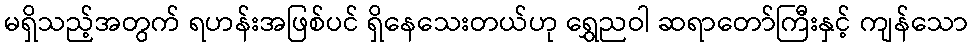
မရှိသည့်အတွက် ရဟန်းအဖြစ်ပင် ရှိနေသေးတယ်ဟု ရွှေညဝါ ဆရာတော်ကြီးနှင့် ကျန်သော